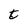
Character: t